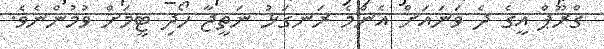
ގްރޫޕް އީގެ ދެ ވަނައަށް އެންމެ ރަނގަޅު ނަތީޖާ ހޯދި ޓީމަށް ވުމުންނެވެ.